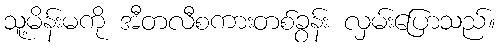
သူ့မိန်းမကို အီတလီစကားတစ်ခွန်း လှမ်းပြောသည်။